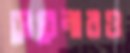
সেরেনারও